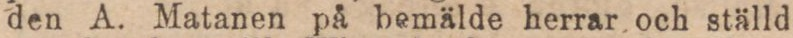
den A. Matanen på bemälde herrar och ställd